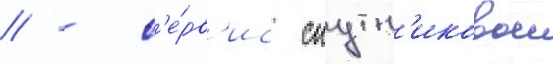
// - с'е́рв'ис спутн'иковои